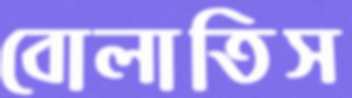
বোলাতিস